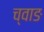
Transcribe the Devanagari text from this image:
च्वाङ